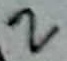
Text: 2